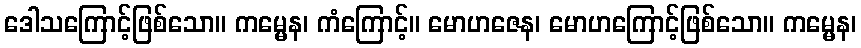
ဒေါသကြောင့်ဖြစ်သော။ ကမ္မေန၊ ကံကြောင့်။ မောဟဇေန၊ မောဟကြောင့်ဖြစ်သော။ ကမ္မေန၊